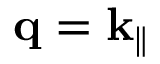
\mathbf { q } = \mathbf { k } _ { \parallel }